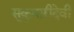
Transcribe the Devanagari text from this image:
सुकुमारीदेवी